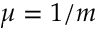
\mu = 1 / m